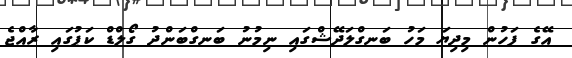
އޭގެ ފަހުން މިދިޔަ މަހު ބަނގްލަދޭޝްގައި ނިމުނު ބަނގްބަންދު ގޯލްޑް ކަޕުގައި ރާއްޖެ